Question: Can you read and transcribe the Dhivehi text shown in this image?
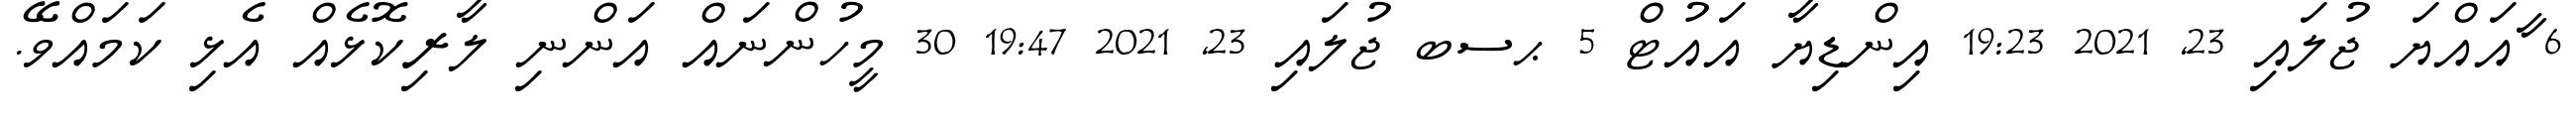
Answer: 6 ާއައްޔަ ޖުލައި 23, 2021 19:23 އިންޑިޔާ އައުޓް 5 ޙސބ ޖުލައި 23, 2021 19:47 30 މީހުންނައް އަންނި ލާރިކޮޅެއް އެޅި ކަމައްވޭ.